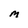
Character: M